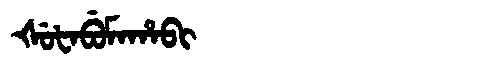
Manchu: ᡧᡠᡶᠠᠪᡠᠮᠠᡥᠠᠪᡳ
Romanization: ŠUFABUMAHABI